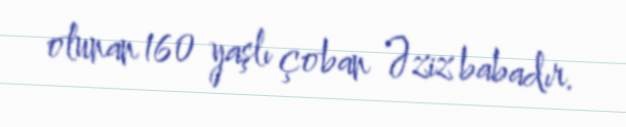
olunan 160 yaşlı çoban Əziz babadır.